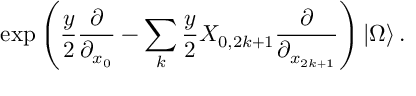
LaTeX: \exp \left( \frac { y } { 2 } \frac { \partial } { \partial _ { x _ { 0 } } } - \sum _ { k } \frac { y } { 2 } X _ { 0 , 2 k + 1 } \frac { \partial } { \partial _ { x _ { 2 k + 1 } } } \right) | \Omega \rangle \, .